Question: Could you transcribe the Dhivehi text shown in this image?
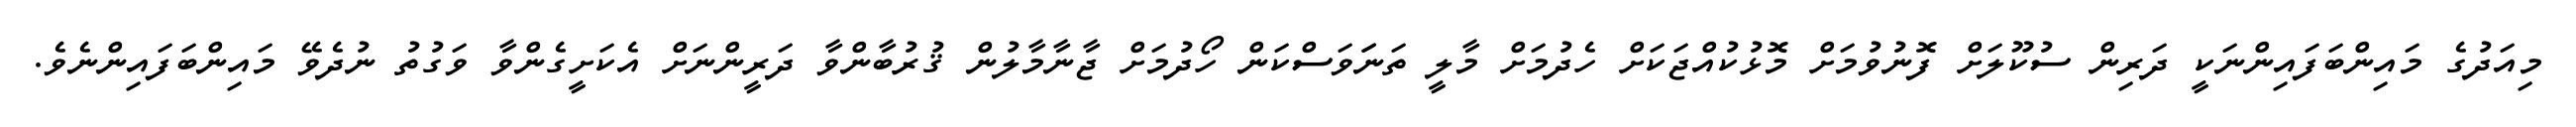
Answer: މިއަދުގެ މައިންބަފައިންނަކީ ދަރިން ސުކޫލަށް ފޮނުވުމަށް މޮޅުކުއްޖަކަށް ހެދުމަށް މާލީ ތަނަަވަސްކަން ހޯދުމަށް ޖާނާމާލުން ޤުރުބާންވާ ދަރީންނަށް އެކަށީގެންވާ ވަގުތު ނުދެވޭ މައިންބަފައިންނެވެ.